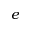
e